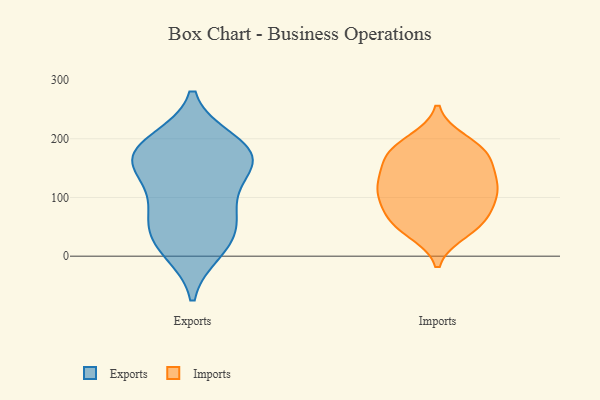
{"axis": {"x": "Operating Costs (USD K)", "y": "Value"}, "legend": ["Exports", "Imports"], "data": [{"x": "", "y": 167, "type": "Exports"}, {"x": "", "y": 74, "type": "Exports"}, {"x": "", "y": 10, "type": "Exports"}, {"x": "", "y": 29, "type": "Exports"}, {"x": "", "y": 145, "type": "Exports"}, {"x": "", "y": 154, "type": "Exports"}, {"x": "", "y": 185, "type": "Exports"}, {"x": "", "y": 92, "type": "Exports"}, {"x": "", "y": 182, "type": "Exports"}, {"x": "", "y": 160, "type": "Exports"}, {"x": "", "y": 65, "type": "Exports"}, {"x": "", "y": 195, "type": "Exports"}, {"x": "", "y": 24, "type": "Exports"}, {"x": "", "y": 176, "type": "Imports"}, {"x": "", "y": 110, "type": "Imports"}, {"x": "", "y": 148, "type": "Imports"}, {"x": "", "y": 107, "type": "Imports"}, {"x": "", "y": 100, "type": "Imports"}, {"x": "", "y": 187, "type": "Imports"}, {"x": "", "y": 196, "type": "Imports"}, {"x": "", "y": 42, "type": "Imports"}, {"x": "", "y": 110, "type": "Imports"}, {"x": "", "y": 69, "type": "Imports"}, {"x": "", "y": 54, "type": "Imports"}, {"x": "", "y": 51, "type": "Imports"}, {"x": "", "y": 71, "type": "Imports"}, {"x": "", "y": 168, "type": "Imports"}, {"x": "", "y": 131, "type": "Imports"}, {"x": "", "y": 173, "type": "Imports"}, {"x": "", "y": 129, "type": "Imports"}]}